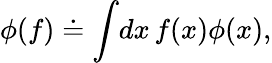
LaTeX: \phi(f)\doteq\int\! dx\, f(x)\phi(x),